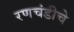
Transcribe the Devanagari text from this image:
रणचंडीचे